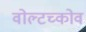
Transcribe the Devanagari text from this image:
वोल्टच्कोव